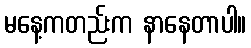
မနေ့ကတည်းက နာနေတာပါ။